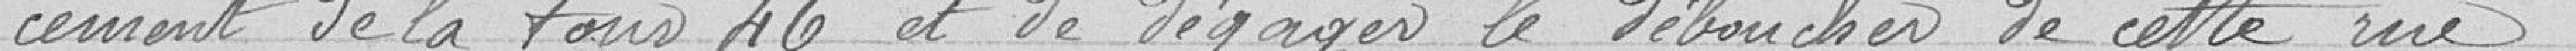
cement de la tour 46 et de dégager le débouchée de cette rue